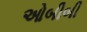
ઓબીબી